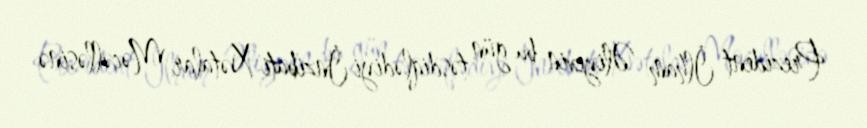
Prezident İlham Əliyevin bu gün təsdiqlədiyi İnzibati Xətalar Məcəlləsinə